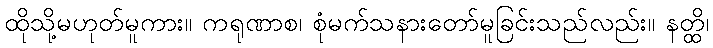
ထိုသို့မဟုတ်မူကား။ ကရုဏာစ၊ စုံမက်သနားတော်မူခြင်းသည်လည်း။ နတ္ထိ၊